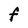
Character: F